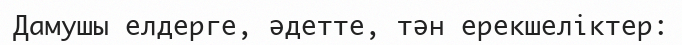
Дамушы елдерге, әдетте, тән ерекшеліктер: